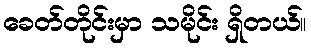
ခေတ်တိုင်းမှာ သမိုင်း ရှိတယ်။